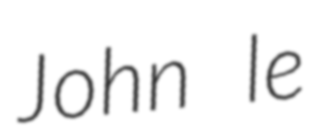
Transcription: John le